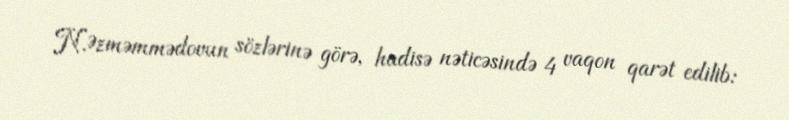
N.Əzməmmədovun sözlərinə görə, hadisə nəticəsində 4 vaqon qarət edilib: